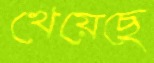
খেয়েছে